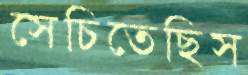
সেচিতেছিস